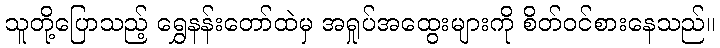
သူတို့ပြောသည့် ရွှေနန်းတော်ထဲမှ အရှုပ်အထွေးများကို စိတ်ဝင်စားနေသည်။